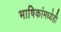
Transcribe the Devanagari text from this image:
भाषिकांमध्येही